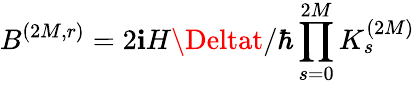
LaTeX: B^{(2M,r)}=2\mathbf{i}H\Deltat/\hbar\prod_{s=0}^{2M}K_{s}^{(2M)}